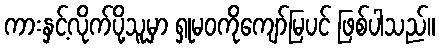
ကားနှင့်လိုက်ပို့သူမှာ ရှုမဝကိုကျော်မြပင် ဖြစ်ပါသည်။